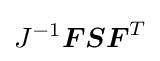
J^{-1}{\boldsymbol {F}}{\boldsymbol {S}}{\boldsymbol {F}}^{T}